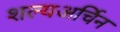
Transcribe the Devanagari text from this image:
शल्यअर्चिन